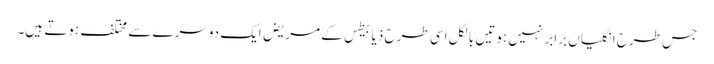
جس طرح انگلیاں برابر نہیں ہوتیں بالکل اسی طرح ذیابیطس کے مریض ایک دوسرے سے مختلف ہوتے ہیں۔